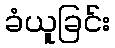
ခံယူခြင်း